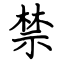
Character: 禁